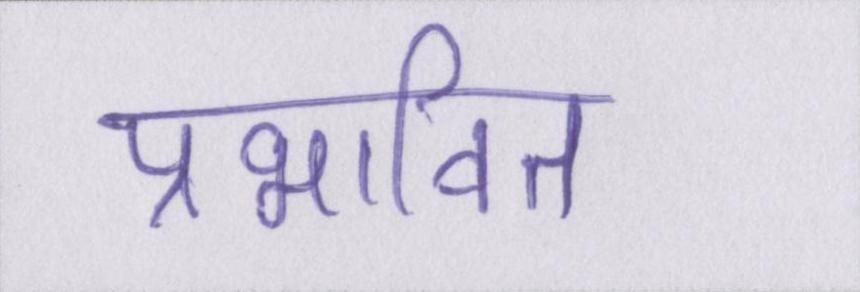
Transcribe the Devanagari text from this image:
प्रभावित